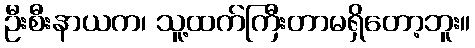
ဦးစီးနာယက၊ သူ့ထက်ကြီးတာမရှိတော့ဘူး။